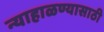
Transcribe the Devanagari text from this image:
न्याहाळण्यासाठी